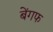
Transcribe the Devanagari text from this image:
बेंगफ